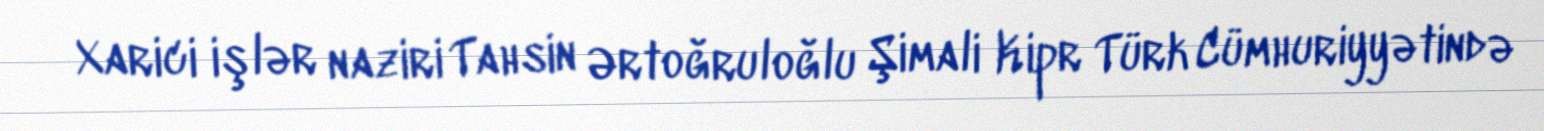
Xarici işlər naziri Tahsin Ərtoğruloğlu Şimali Kipr Türk Cümhuriyyətində